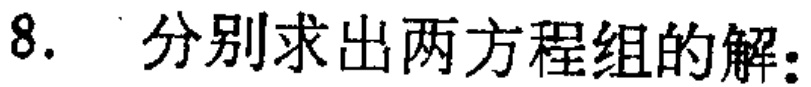
8. 分别求出两方程组的解：